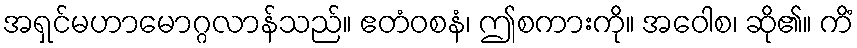
အရှင်မဟာမောဂ္ဂလာန်သည်။ ဧတံဝစနံ၊ ဤစကားကို။ အဝေါစ၊ ဆို၏။ ကိံ